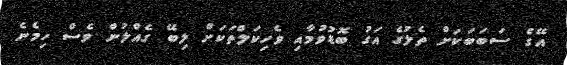
އޭގެ ސަބަބަކަށް ތެލުގެ އަގު ބޮޑުވުމާއި ވެހިކަލްތަކަށް ލިބޭ ގެއްލުން ވެސް ހިމެނެ